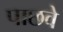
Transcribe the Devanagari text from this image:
पाछवे